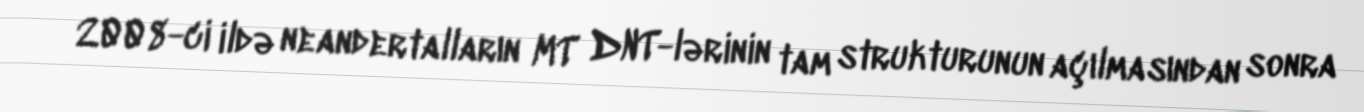
2008-ci ildə neandertalların MT DNT-lərinin tam strukturunun açılmasından sonra